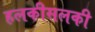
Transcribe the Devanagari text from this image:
हलकीसलकी